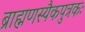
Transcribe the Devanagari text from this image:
ब्राह्मणस्यैकपुत्रकः